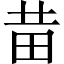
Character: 𤰻